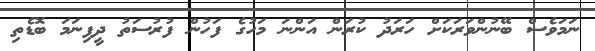
ނަމަވެސް ބޭނުންވަރަކަށް ހަރަދު ކުރަން އަންނަ މަހުގެ ފަހުން ފުރުސަތު ދީފިނަމަ ބޮޑެތި